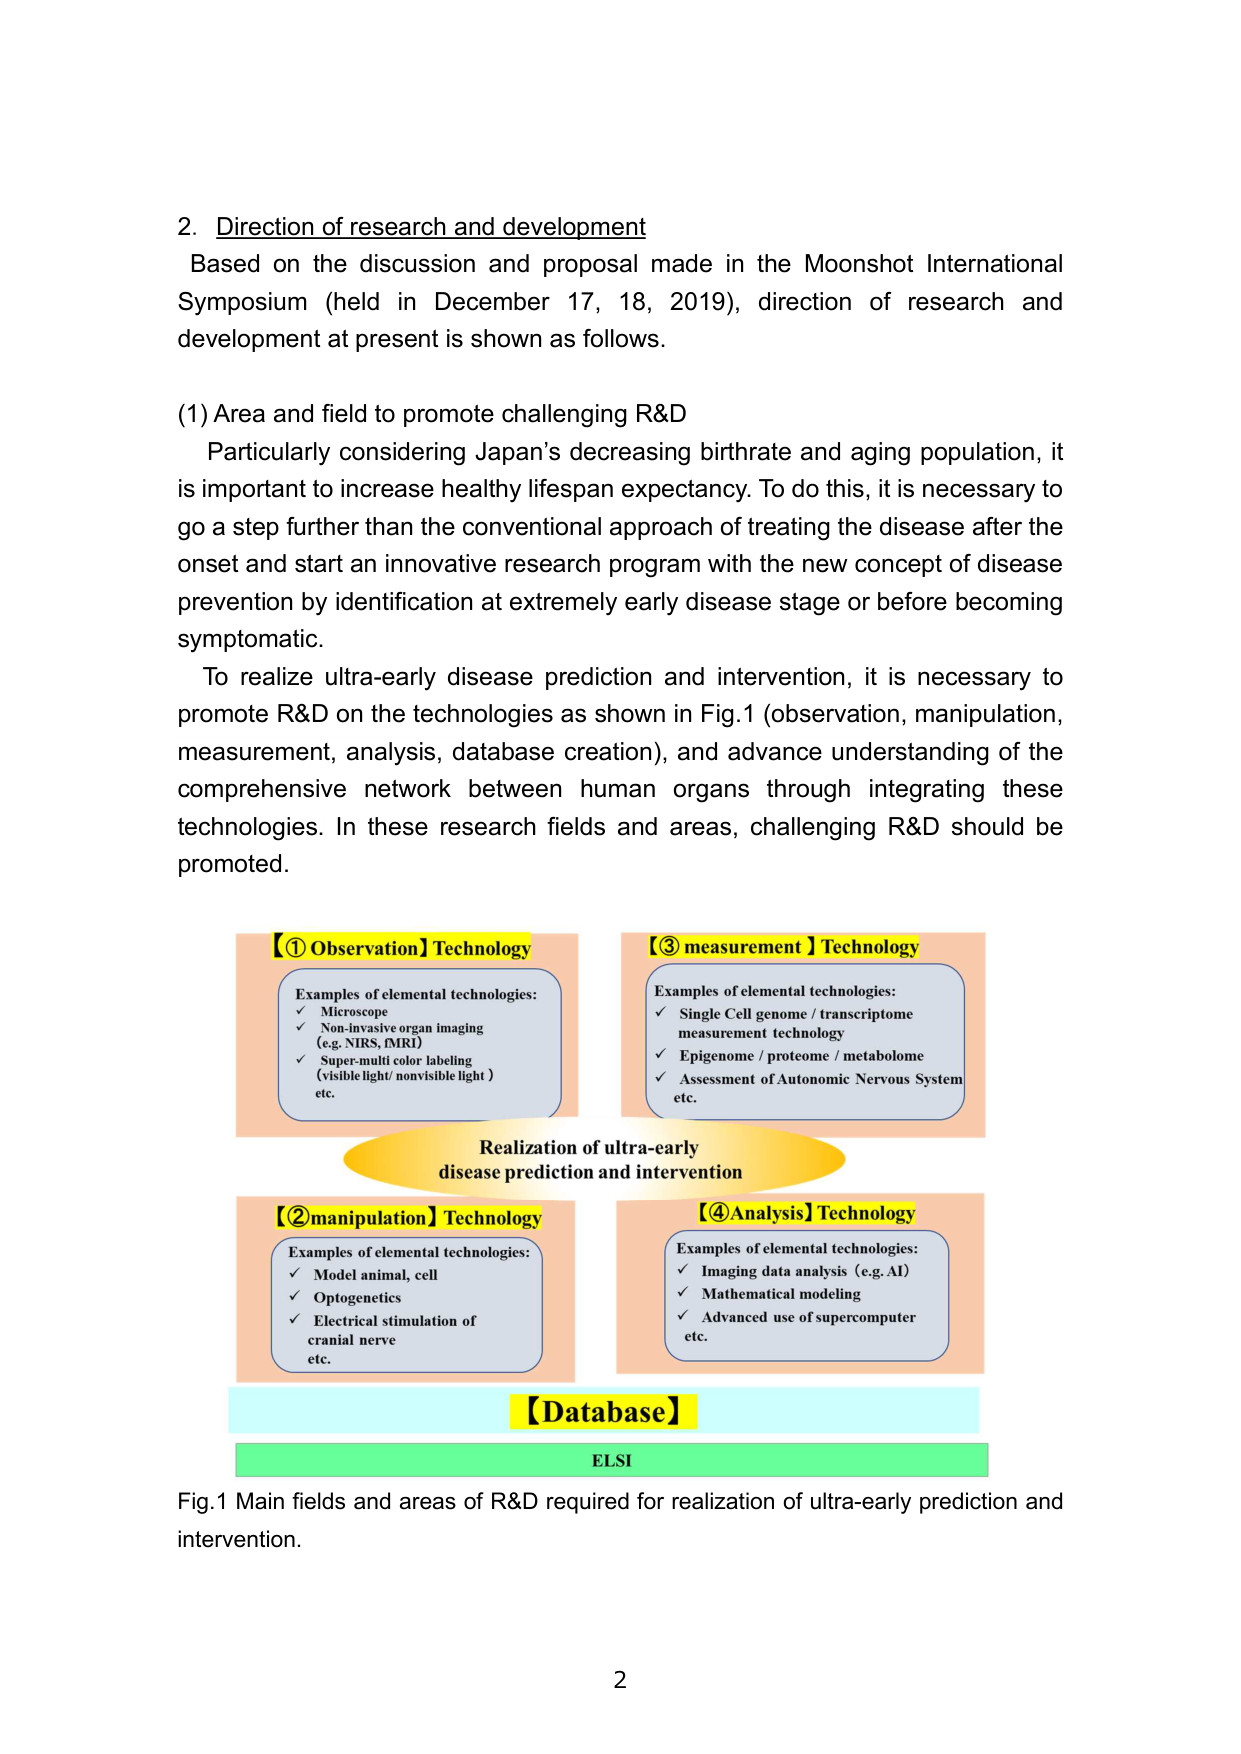
2. Direction of research and development
Based on the discussion and proposal made in the Moonshot International Symposium (held in December 17, 18, 2019), direction of research and development at present is shown as follows.

(1) Area and field to promote challenging R&D
Particularly considering Japan’s decreasing birthrate and aging population, it is important to increase healthy lifespan expectancy. To do this, it is necessary to go a step further than the conventional approach of treating the disease after the onset and start an innovative research program with the new concept of disease prevention by identification at extremely early disease stage or before becoming symptomatic.
To realize ultra-early disease prediction and intervention, it is necessary to promote R&D on the technologies as shown in Fig.1 (observation, manipulation, measurement, analysis, database creation), and advance understanding of the comprehensive network between human organs through integrating these technologies. In these research fields and areas, challenging R&D should be promoted.

【① Observation】Technology
Examples of elemental technologies:
✓ Microscope
✓ Non-invasive organ imaging (e.g. NIRS, fMRI)
✓ Super-multi color labeling (visible light/ nonvisible light) etc.

【③ measurement】Technology
Examples of elemental technologies:
✓ Single Cell genome / transcriptome measurement technology
✓ Epigenome / proteome / metabolome
✓ Assessment of Autonomic Nervous System etc.

Realization of ultra-early disease prediction and intervention

【② manipulation】Technology
Examples of elemental technologies:
✓ Model animal, cell
✓ Optogenetics
✓ Electrical stimulation of cranial nerve etc.

【④ Analysis】Technology
Examples of elemental technologies:
✓ Imaging data analysis (e.g. AI)
✓ Mathematical modeling
✓ Advanced use of supercomputer etc.

【Database】
ELSI

Fig.1 Main fields and areas of R&D required for realization of ultra-early prediction and intervention.

2